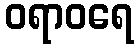
ဝရာဝရေ